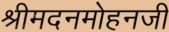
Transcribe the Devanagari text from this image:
श्रीमदनमोहनजी